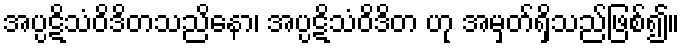
အပ္ပဋိသံဝိဒိတသညိနော၊ အပ္ပဋိသံဝိဒိတ ဟု အမှတ်ရှိသည်ဖြစ်၍။